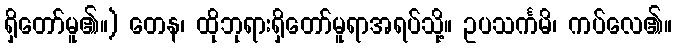
ရှိတော်မူ၏။) တေန၊ ထိုဘုရားရှိတော်မူရာအရပ်သို့။ ဥပသင်္ကမိ၊ ကပ်လေ၏။